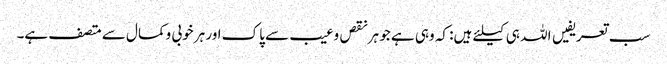
سب تعریفیں اللہ ہی کیلئے ہیں: کہ وہی ہے جو ہرنقص وعیب سے پاک اور ہر خوبی وکمال سے متصف ہے۔